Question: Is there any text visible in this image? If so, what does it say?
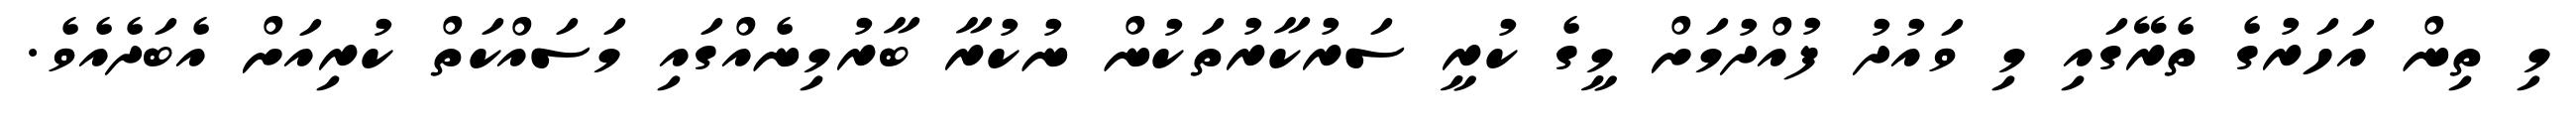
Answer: މި ތިން އަހަރުގެ ތެރޭގައި މި ވައުދު ފުއްދުމަށް މީގެ ކުރީ ސަރުކާރުތަކުން ނުކުރާ ބާރުމިނެއްގައި މަސައްކަތް ކުރިއަށް އެބަދެއެވެ.